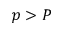
p > P